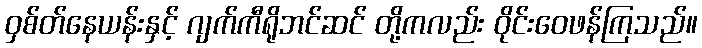
ဝှစ်တ်နေယန်းနှင့် ဂျက်ကီရိုဘင်ဆင် တို့ကလည်း ဝိုင်းဝေဖန်ကြသည်။